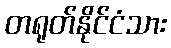
တရုတ်နိုင်ငံသား